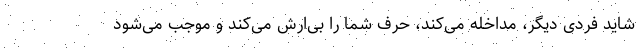
شاید فردی دیگر،‌ مداخله می‌کند، حرف شما را بی‌ارش می‌کند و موجب می‌شود